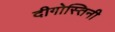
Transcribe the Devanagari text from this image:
दीगोस्तिनी